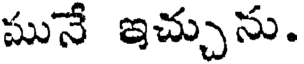
మునే ఇచ్చును.